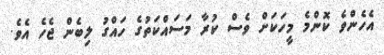
އެހެންވެ ކޮންމެ މީހަކަށް ވެސް ކުރާ މަސައްކަތުގެ ހައްގު ލިބެން ޖެހެ އެވެ.